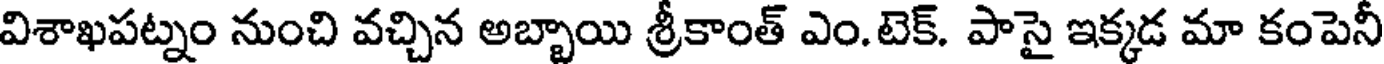
విశాఖపట్నం నుంచి వచ్చిన అబ్బాయి శ్రీకాంత్ ఎం.టెక్. పాసై ఇక్కడ మా కంపెనీ